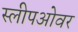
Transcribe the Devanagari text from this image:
स्लीपओवर